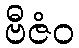
ဗီဇံဝ